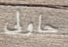
حاولى